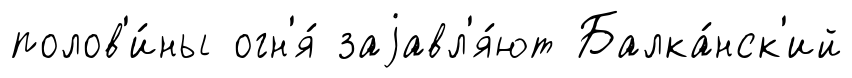
полов'и́ны огн'я́ заjавл'я́ют Балка́нск'ий